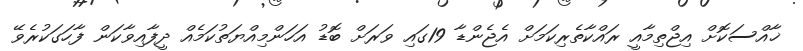
ޚާއްސަކޮށް އިޖްތިމާއީ ރައްކާތެރިކަމަށް އެޖެންޑާ 19ގައި ވަރަށް ބޮޑު އަހަންމިއްޔަތުކަމެއް ދީފާއިވާކަން ފާހަގަކުރެވޭ